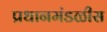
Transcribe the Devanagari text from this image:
प्रधानमंडळीस